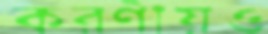
করণীয়ও